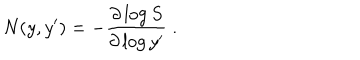
N ( y , y ^ { \prime } ) = - { \frac { \partial \log S } { \partial \log y ^ { \prime } } } \ .